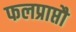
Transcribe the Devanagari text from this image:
फलप्राप्तौ